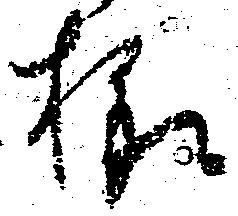
様